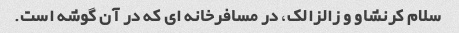
سلام کرنشاو و زالزالک، در مسافرخانه ای که در آن گوشه است.